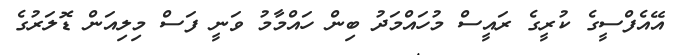
އޭއެފްސީގެ ކުރީގެ ރައީސް މުހައްމަދު ބިން ހައްމާމު ވަނީ ފަސް މިލިއަން ޑޮލަރުގެ